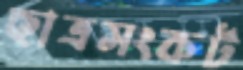
ছাত্রসংকট